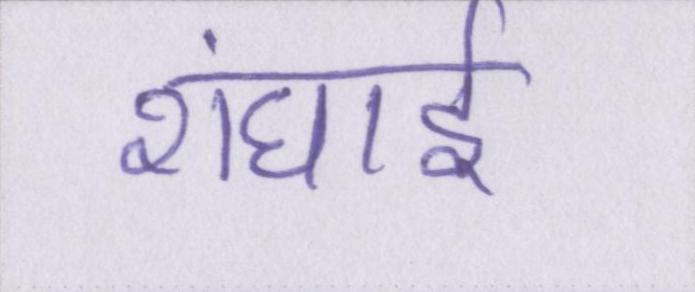
शंघाई